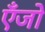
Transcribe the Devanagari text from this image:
एँजो